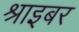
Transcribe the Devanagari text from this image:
श्राइबर